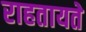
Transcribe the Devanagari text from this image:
राहतायते